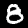
Digit: 8